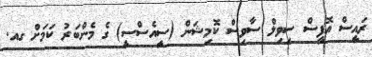
ރައީސް އޮފީސް ސިވިލް ސާވިސް ކޮމިޝަން (ސީއެސްސީ) ގެ މެންބަރު ކަމަށް ގއ.